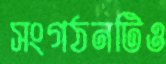
সংগঠনটিও